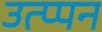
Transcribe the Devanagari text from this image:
उत्प्पन